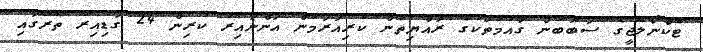
ޓެކްނޯލޮޖީގެ ސަބަބުން ގައުމުތަކުގެ ރައްޔިތުން ކުރިއަރަމުން އަންނައިރު ކުރިން 24 ގަޑިއިރު ތެރޭގައި